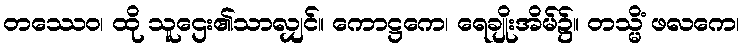
တဿေဝ၊ ထို သူဌေး၏သာလျှင်။ ကောဋ္ဌကေ၊ ရေချိုးအိမ်၌။ တသ္မိံ ဖလကေ၊